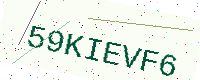
Text: 59KIEVF6